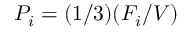
P _ { i } = ( 1 / 3 ) ( F _ { i } / V )